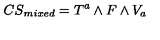
{ C S } _ { m i x e d } = T ^ { a } \wedge F \wedge V _ { a }